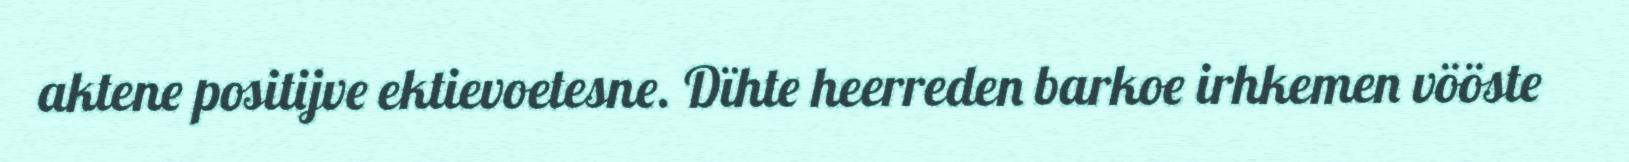
aktene positijve ektievoetesne. Dïhte heerreden barkoe irhkemen vööste